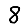
Digit: 8